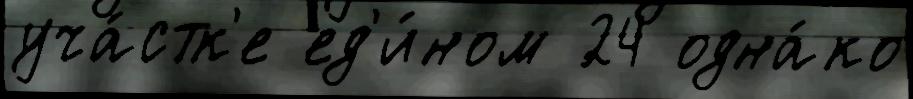
уча́стк'е ед'и́ном 24 одна́ко